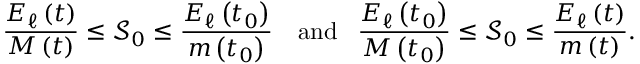
\frac { E _ { \ell } \left( t \right) } { M \left( t \right) } \leq \mathcal { S } _ { 0 } \leq \frac { E _ { \ell } \left( t _ { 0 } \right) } { m \left( t _ { 0 } \right) } \mathrm { ~ \ \ a n d ~ \, ~ } \frac { E _ { \ell } \left( t _ { 0 } \right) } { M \left( t _ { 0 } \right) } \leq \mathcal { S } _ { 0 } \leq \frac { E _ { \ell } \left( t \right) } { m \left( t \right) } .